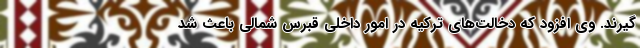
گیرند. وی افزود که دخالت‌های ترکیه در امور داخلی قبرس شمالی باعث شد